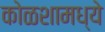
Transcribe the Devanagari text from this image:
कोळशामध्ये